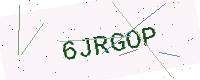
Text: 6JRGOP